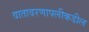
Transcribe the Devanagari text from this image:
वातावरणापलीकडील